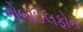
મોબાઈલફોન